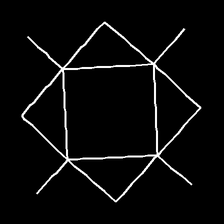
Glyph: light